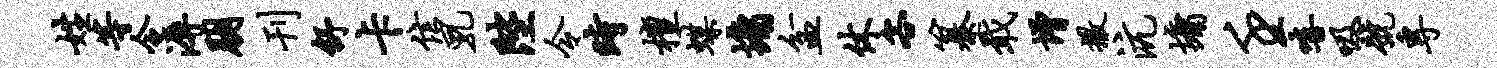
姓等令溽朋刊舒卡信乳陛令时檀蝶墉盆休客纂戢增撒沆墉壬嘻吸号专